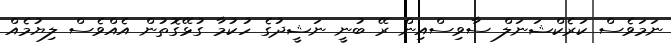
ނަމަވެސް ކަރެކްޝަނަލް ސާވިސްއިން ރޭ ބުނީ ނަޝީދުގެ ހުކުމާ ގުޅޭގޮތުން އެއްވެސް ލިޔުމެއް